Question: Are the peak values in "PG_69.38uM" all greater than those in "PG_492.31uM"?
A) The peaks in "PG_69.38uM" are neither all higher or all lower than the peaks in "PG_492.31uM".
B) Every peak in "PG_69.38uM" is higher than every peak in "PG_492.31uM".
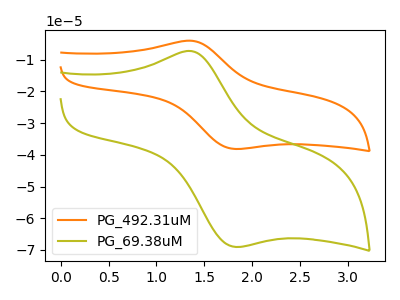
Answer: <think>The orange curve "PG_492.31uM" has an anodic peak at (1.40V, -4.10uA) and a cathodic peak at (1.90V, -38.15uA). The olive curve "PG_69.38uM" has an anodic peak at (1.40V, -7.40uA) and a cathodic peak at (1.90V, -69.05uA).</think>
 <answer>A) The peaks in "PG_69.38uM" are neither all higher or all lower than the peaks in "PG_492.31uM".</answer>
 <eval>A</eval>